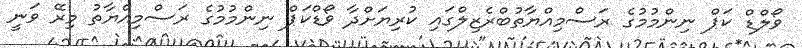
ވޯލްޑް ކަޕް ނިންމުމުގެ ރަސްމިއްޔާތުބްރެޒިލްގައި ކުރިޔަށްދާ ވޯޑްކަޕް ނިންމުމުގެ ރަސްމިއްޔާތު މިރޭ ވަނީ